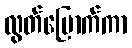
လွတ်မြောက်ကာ